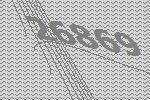
26869